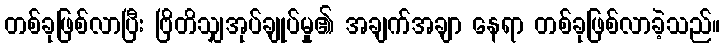
တစ်ခုဖြစ်လာပြီး ဗြိတိသျှအုပ်ချုပ်မှု၏ အချက်အချာ နေရာ တစ်ခုဖြစ်လာခဲ့သည်။